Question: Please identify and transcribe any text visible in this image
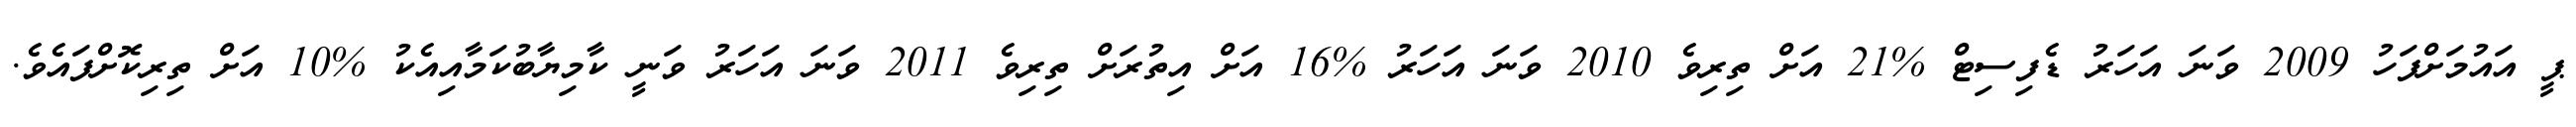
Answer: ޕީ އައުމަށްފަހު 2009 ވަނަ އަހަރު ޑެފިސިޓް %21 އަށް ތިރިވެ 2010 ވަނަ އަހަރު %16 އަށް އިތުރަށް ތިރިވެ 2011 ވަނަ އަހަރު ވަނީ ކާމިޔާބުކަމާއިއެކު %10 އަށް ތިރިކޮށްފައެވެ.